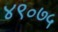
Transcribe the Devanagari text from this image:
४९॰७५